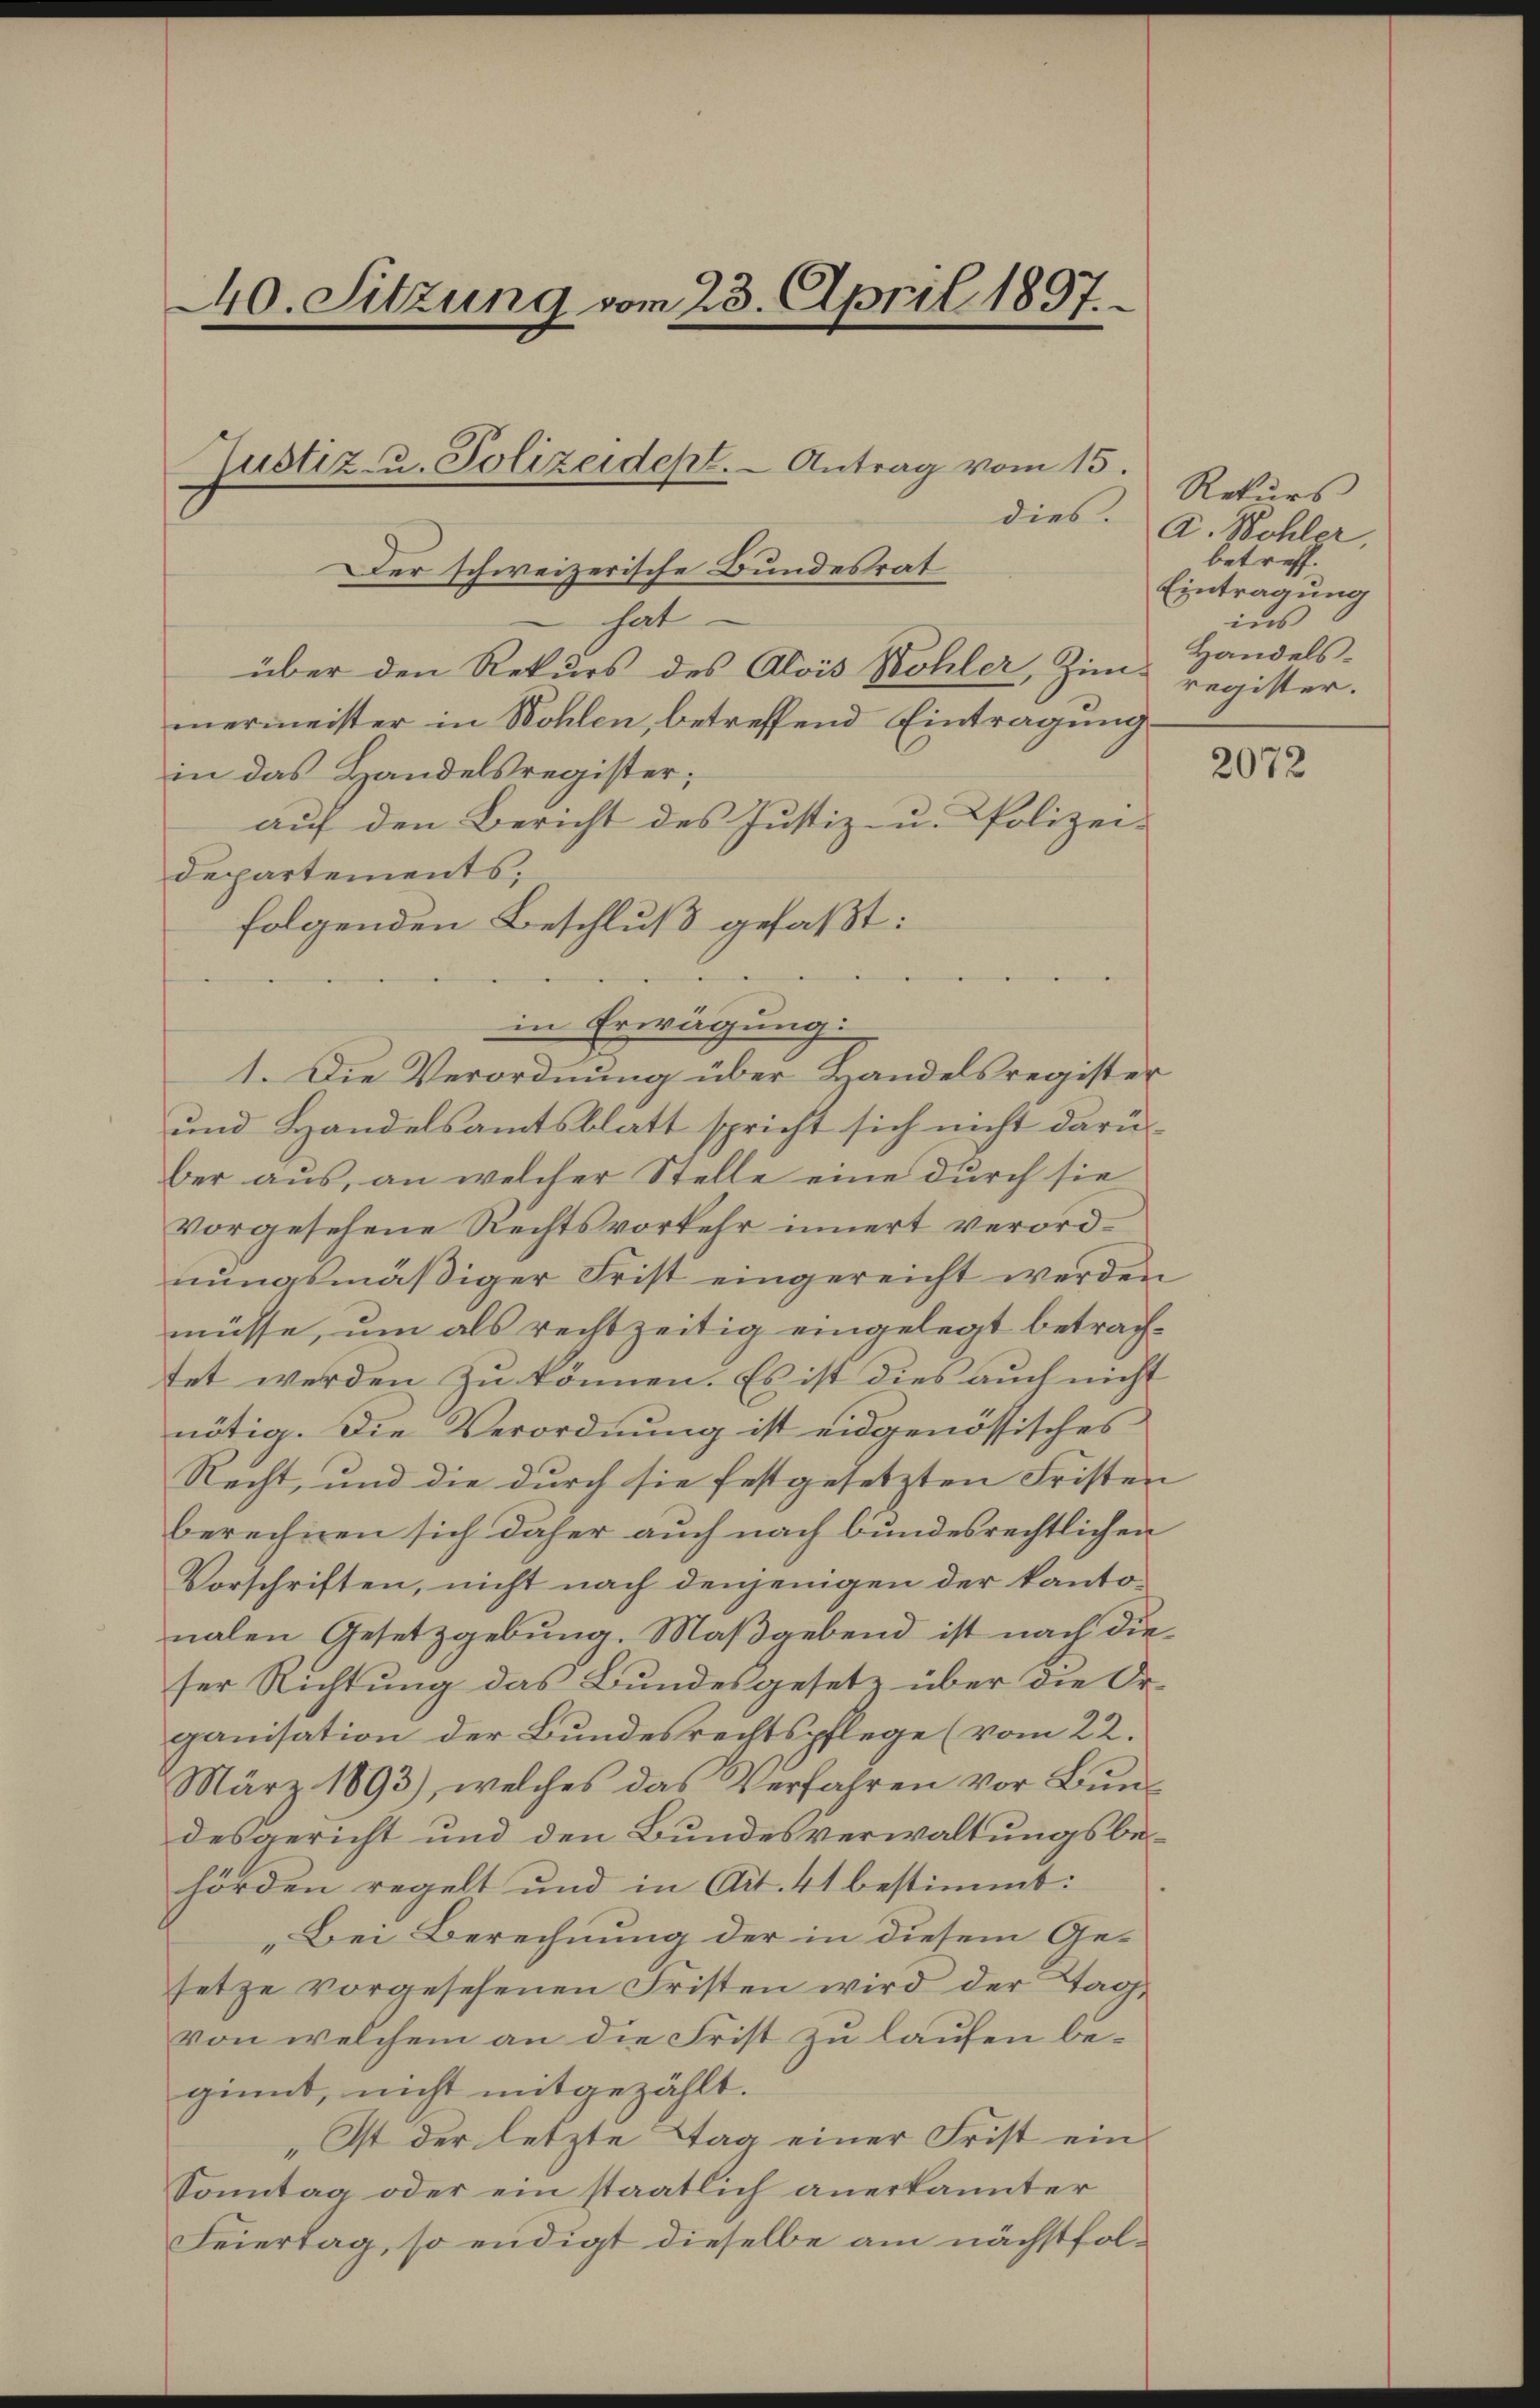
440. Sitzung vom 23. April 1897.

dies.
Der schweizerische Bundesrat
hat
über den Rekurs des Alois Bohler, Zim-
mermeister in Wohlen, betreffend Eintragung
in das Handelsregister;
auf den Bericht des Justiz- u. Polizei-
departements;
folgenden Beschluß gefaßt:
in Erwägung:
1. Die Verordnung über Handelsregister
und Handelsamtsblatt spricht sich nicht darüber aus, an welcher Stelle eine durch sie
vorgesehene Rechtsvorkehr innert verordnŭngsmäßiger Frist eingereicht werden
müsse, um als rechtzeitig eingelegt betrachtet werden zu können. Es ist dies auch nicht
nötig. Die Verordnung ist eidgenössisches
Recht, und die durch sie festgesetzten Fristen
berechnen sich daher auch nach bundesrechtlichen
Vorschriften, nicht nach denjenigen der kantonalen Gesetzgebung. Maßgebend ist nach dieser Richtung das Bundesgesetz über die Organisation der Bundesrechtspflege (vom 22.
März 1893), welches das Verfahren vor Bundesgericht und den Bundesverwaltungsbehörden regelt und in Art. 41 bestimmt:
Bei Berechnung der in diesem Gesetze vorgesehenen Fristen wird der Tagvon welchem an die Frist zu laufen beginnt, nicht mitgezählt.
„Ist der letzte Tag einer Frist ein
Sonntag oder ein staatlich anerkannter
Feiertag, so endigt dieselbe am nächstfol¬

Justiz- u. Polizeidept. - Antrag vom 15.

Rekurs
A. Wohler,
betreff.
Eintragung
ins
Handelsregister.

2072